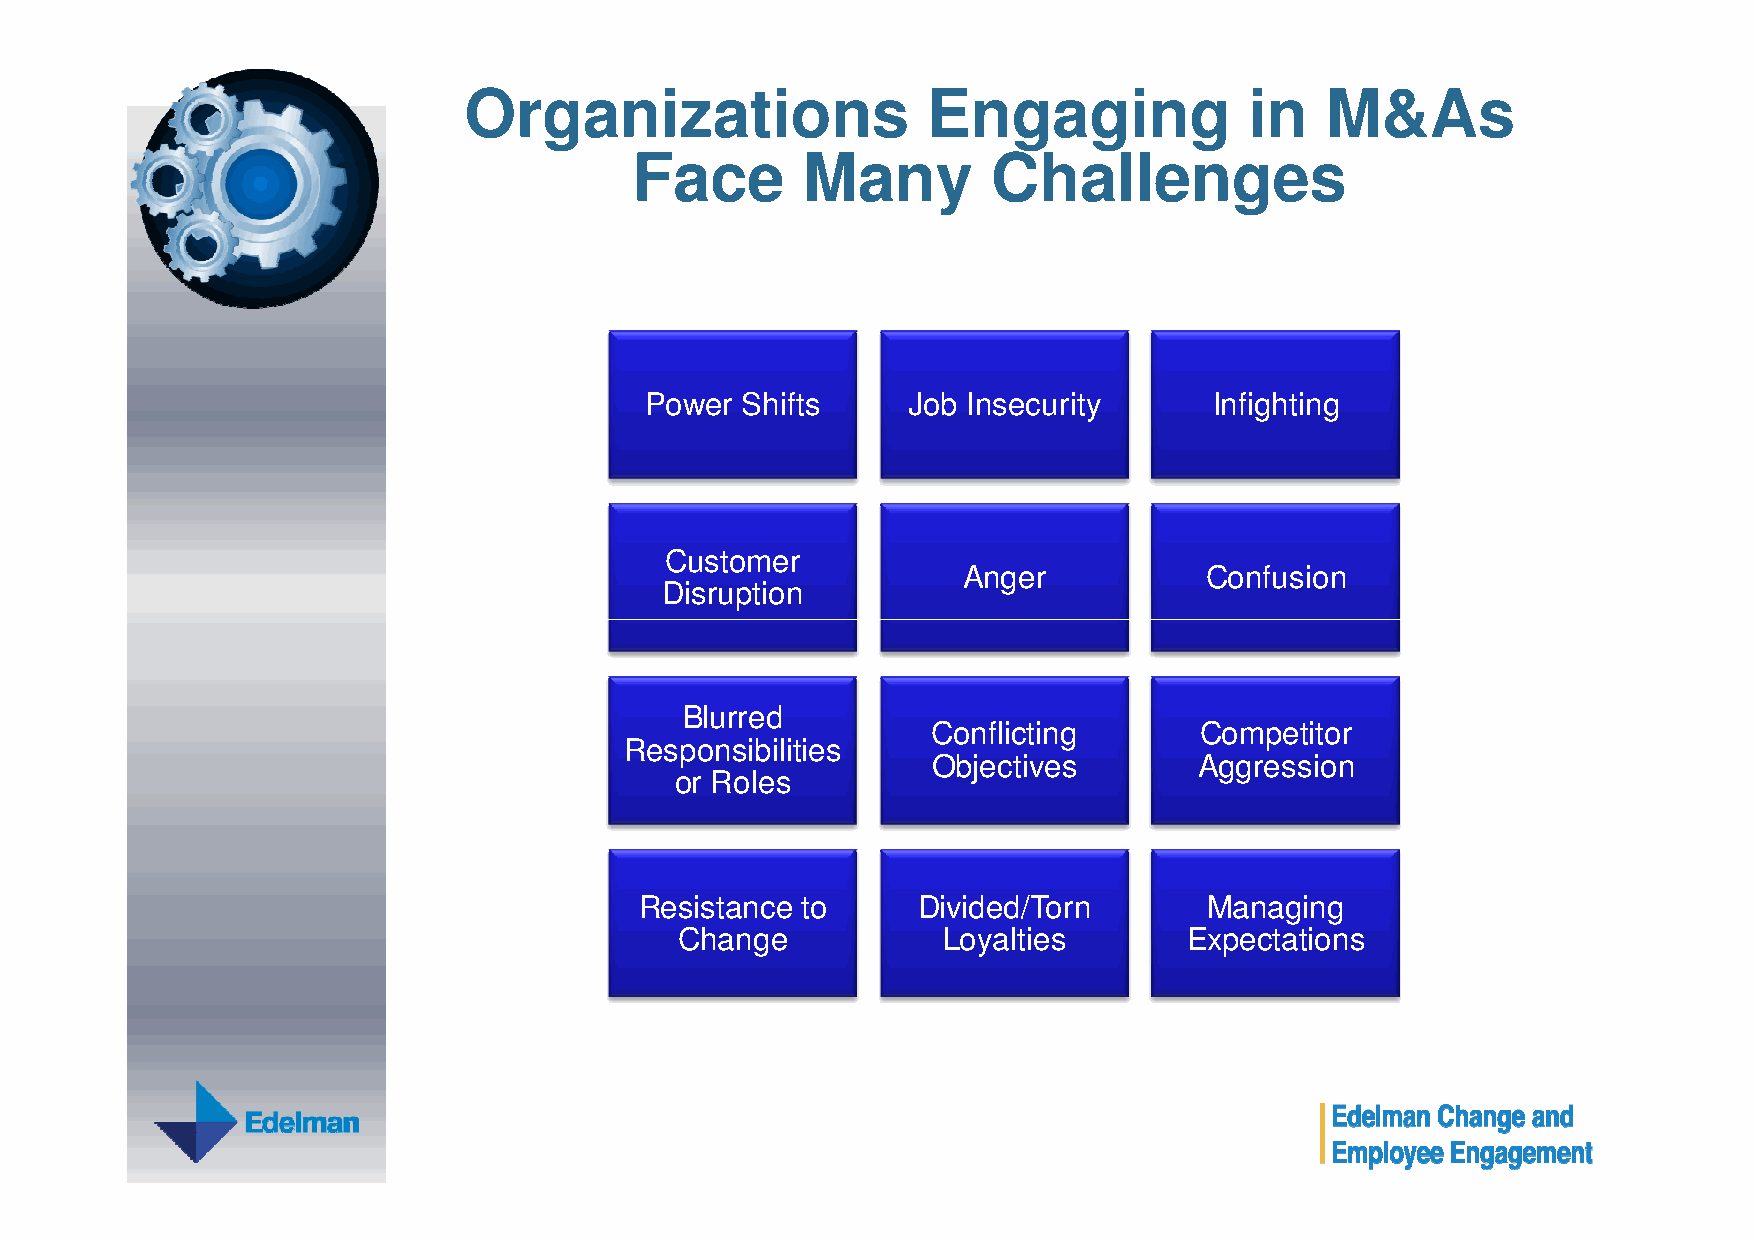
Organizations                 Engaging              in   M&As
 Face       Many         Challenges
 Power Shifts     Job Insecurity      Infighting
 Customer
 Anger           Confusion
 Disruption
 Blurred
 Conflicting      Competitor
 Responsibilities
 Objectives       Aggression
 or Roles
 Resistance to      Divided/Torn       Managing
 Change           Loyalties        Expectations